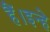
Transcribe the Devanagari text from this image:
हैं।इन्हे